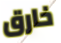
خارق